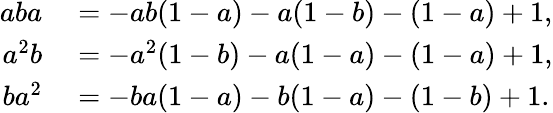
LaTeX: \begin{array}{rl}{aba}&{{}=-ab(1-a)-a(1-b)-(1-a)+1,}\\ {a^{2}b}&{{}=-a^{2}(1-b)-a(1-a)-(1-a)+1,}\\ {ba^{2}}&{{}=-ba(1-a)-b(1-a)-(1-b)+1.}\end{array}